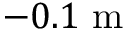
- 0 . 1 \textrm { m }